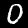
Digit: 0